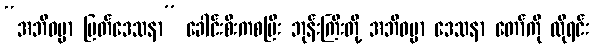
“အဘိဓမ္မာ မြတ်ဒေသနာ” ခေါင်းစီးကစပြီး ဘုန်းကြီးတို့ အဘိဓမ္မာ ဒေသနာ တော်ကို လိုရင်း